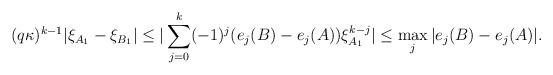
LaTeX: \begin{align*}(q\kappa)^{k - 1}|\xi_{A_1} - \xi_{B_1}| \leq |\sum_{j = 0}^{k}(-1)^{j}(e_{j}(B) - e_{j}(A))\xi_{A_1}^{k - j}| \leq \max_{j}|e_{j}(B) - e_{j}(A)|.\end{align*}